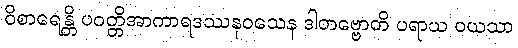
ဝိစာရေန္တိ ပဝတ္တိအာကာရဒဿနဝသေန ဒါတဗ္ဗောတိ ပရာယ ဝယသာ